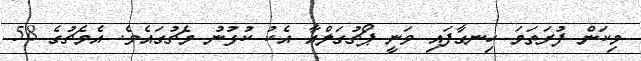
މިކަން ފުރަތަމަ ހިނގާފައި ވަނީ ޕޯޗުގަލްއާ އެކު ކުޅުނު މެޗުގައެވެ. އެމެޗުގެ 58